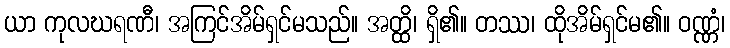
ယာ ကုလဃရဏီ၊ အကြင်အိမ်ရှင်မသည်။ အတ္ထိ၊ ရှိ၏။ တဿ၊ ထိုအိမ်ရှင်မ၏။ ဝဏ္ဏံ၊